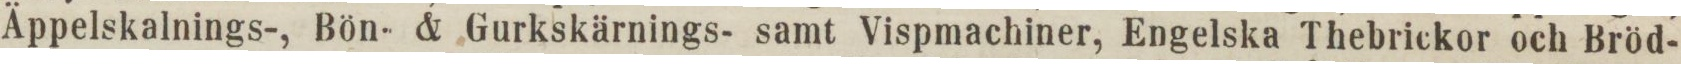
Äppelskalnings-, Bön- & Gurkskärnings- samt Vispmachiner, Engelska Thebrickor och Bröd-